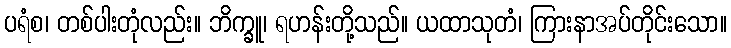
ပရံစ၊ တစ်ပါးတုံလည်း။ ဘိက္ခူ၊ ရဟန်းတို့သည်။ ယထာသုတံ၊ ကြားနာအပ်တိုင်းသော။